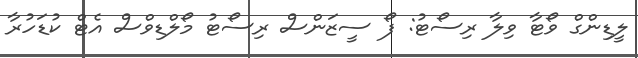
ލީޑިންގް ވޯޓާ ވިލާ ރިސޯޓު: ފޯ ސީޒަންސް ރިސޯޓު މޯލްޑިވްސް އެޓް ކުޑަހުރާ